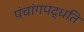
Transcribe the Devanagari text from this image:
पंचांगपद्धति